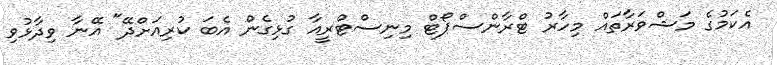
އެކަމުގެ މަޝްވަރާތައް މިހާރު ޓްރާންސްޕޯޓް މިނިސްޓްރީއާ ގުޅިގެން އެބަ ކުރިއަށްދޭ" އޭނާ ވިދާޅުވި